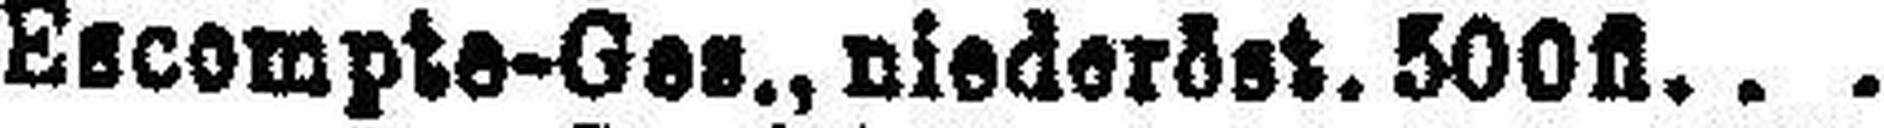
Escompte-Ges., niederöst. 500fl.